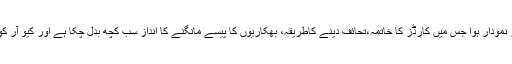
نیا پیمنٹ سسٹم کئی نئے طریقے لے کر نمودار ہوا جس میں کارڈز کا خاتمہ،تحائف دینے کاطریقہ، بھکاریوں کا پیسے مانگنے کا انداز سب کچھ بدل چکا ہے اور کیو آر کوڈ نے بھی ٹن کپس کی جگہ لے لی ہے۔